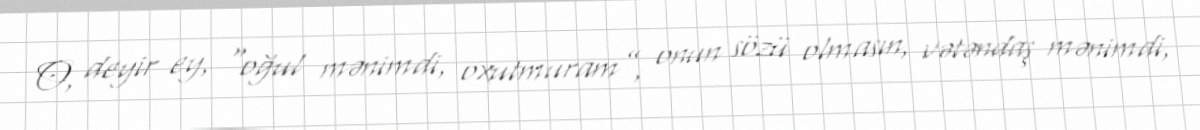
O, deyir ey, “oğul mənimdi, oxutmuram”, onun sözü olmasın, vətəndaş mənimdi,